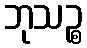
ဘုသဉ္စ